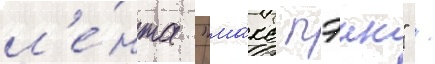
л'е́нта "ма́кс пэин" /